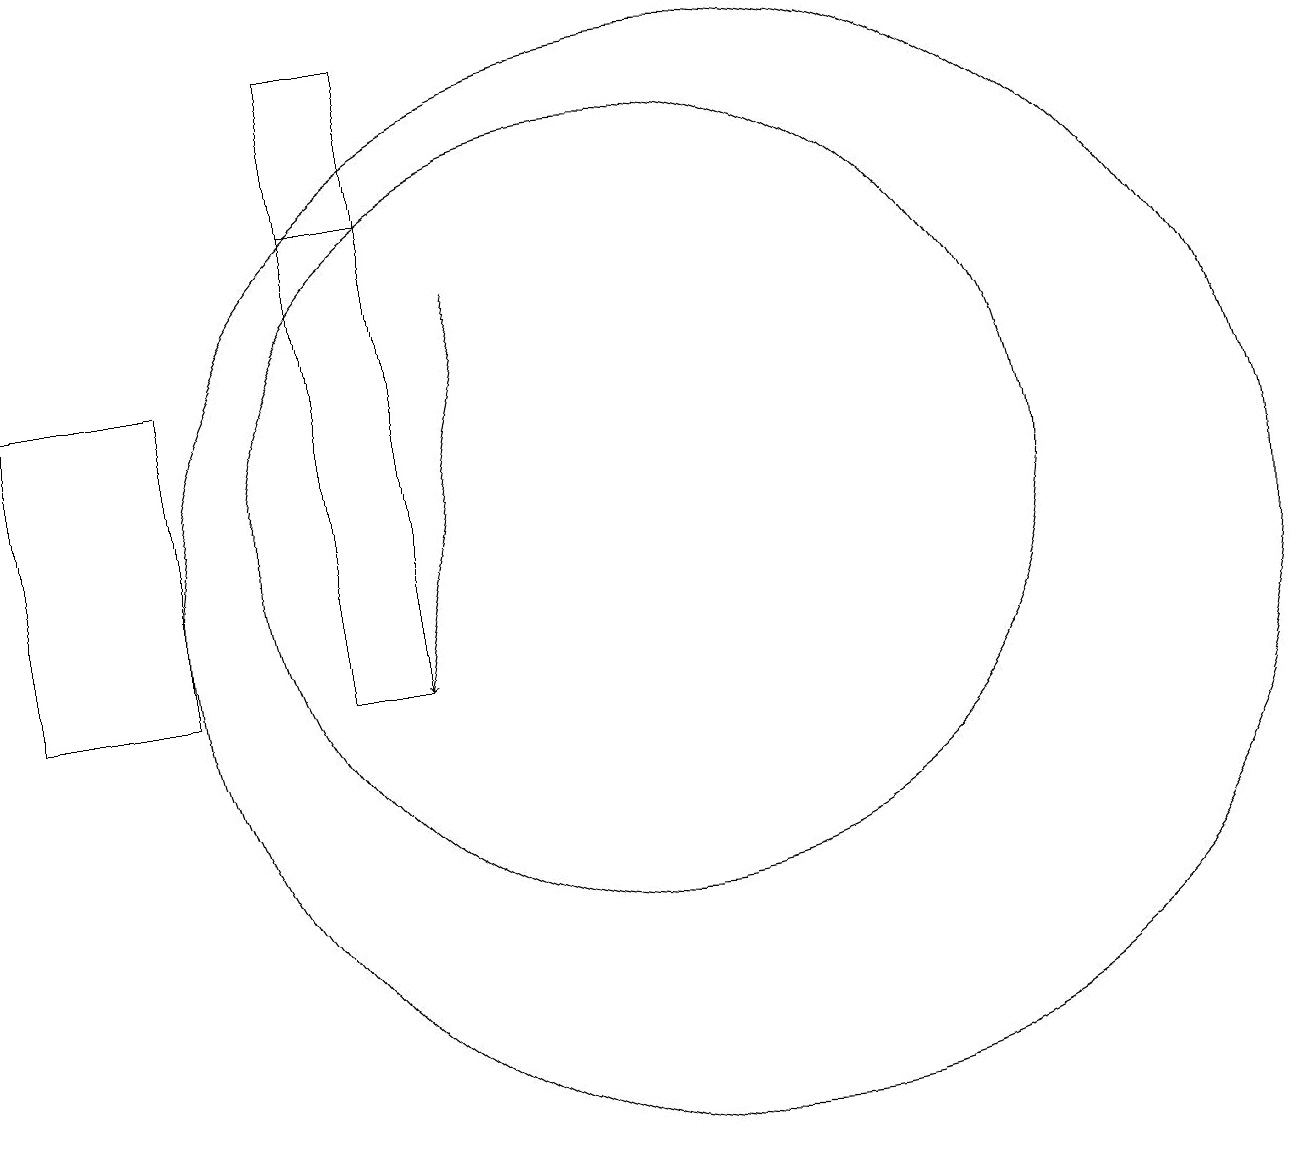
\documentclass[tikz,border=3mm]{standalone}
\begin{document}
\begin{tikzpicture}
\draw (11,11) circle (7);
\draw[->] (8,15) -- (7,10);
\draw (2,14) rectangle (4,10);
\draw (10,12) circle (5);
\draw (7,16) rectangle (6,18);
\draw (6,10) rectangle (7,16);
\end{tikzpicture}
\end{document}